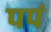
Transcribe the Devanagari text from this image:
पपं